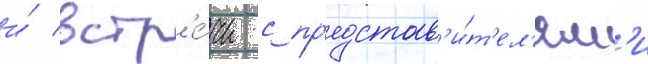
и́ встр'е́чи с пр'едстав'и́т'ел'ям'и